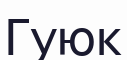
Гуюк